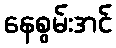
နေစွမ်းအင်